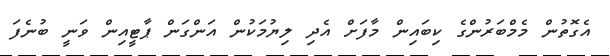
އެގޮތުން މެމްބަރުންގެ ކިބައިން މާފަށް އެދި ލިޔުމަކުން އަންގަން ޕާޓީއިން ވަނީ ބުނެފަ